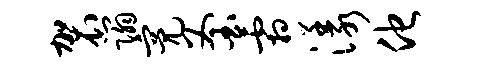
袈蹋亮釜霜漾他